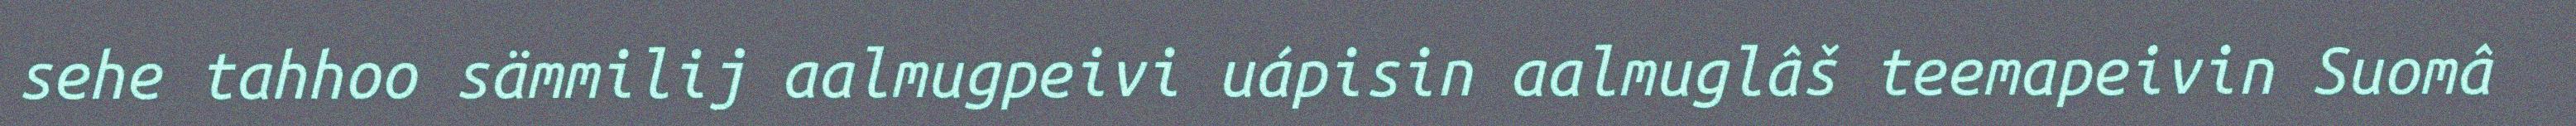
sehe tahhoo sämmilij aalmugpeivi uápisin aalmuglâš teemapeivin Suomâ